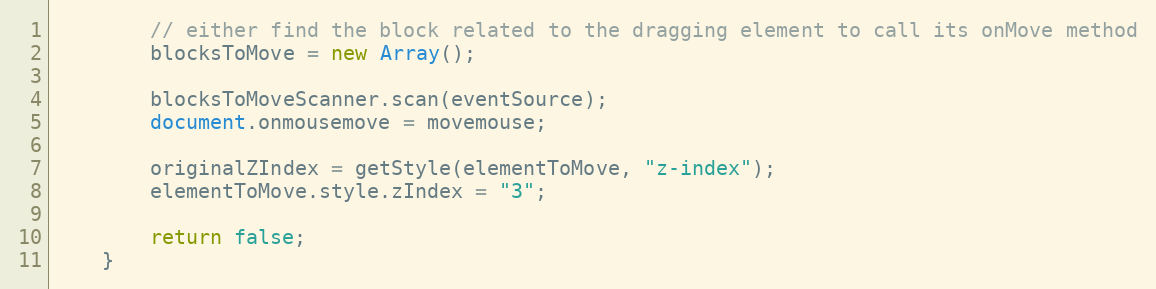
Language: JavaScript
		// either find the block related to the dragging element to call its onMove method
		blocksToMove = new Array();

		blocksToMoveScanner.scan(eventSource);
		document.onmousemove = movemouse;

		originalZIndex = getStyle(elementToMove, "z-index");
		elementToMove.style.zIndex = "3";

		return false;
	}